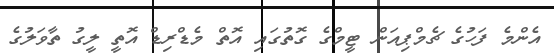
އެންމެ ފަހުގެ ޗެމްޕިއަން ޓީމްގެ ގޮތުގައި އޮތް މެޑްރިޑް އޮތީ ލީގު ތާވަލުގެ